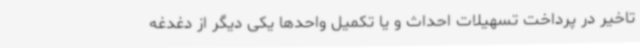
تاخیر در پرداخت تسهیلات احداث و یا تکمیل واحدها یکی دیگر از دغدغه